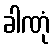
ခါဏုံ